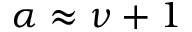
\alpha \approx \nu + 1